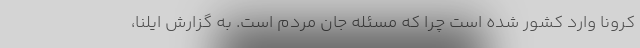
کرونا وارد کشور شده است چرا که مسئله جان مردم است. به گزارش ایلنا،